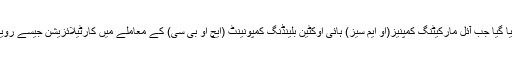
یہ فیصلہ ایسے وقت میں کیا گیا جب آئل مارکیٹنگ کمپنیز(او ایم سیز) ہائی اوکٹین بلینڈنگ کمپونینٹ (ایچ او بی سی) کے معاملے میں کارٹیلائزیشن جیسے رویے پر تنقید کی زد میں ہیں۔